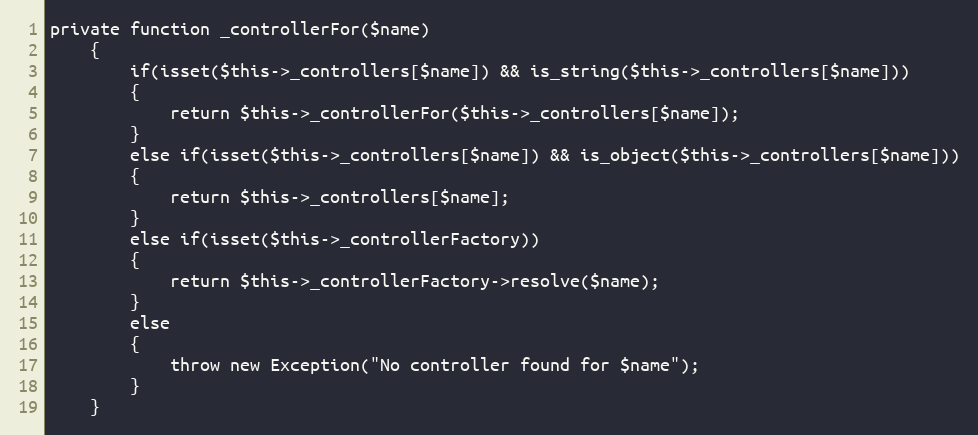
Language: PHP
private function _controllerFor($name)
	{
		if(isset($this->_controllers[$name]) && is_string($this->_controllers[$name]))
		{
			return $this->_controllerFor($this->_controllers[$name]);
		}
		else if(isset($this->_controllers[$name]) && is_object($this->_controllers[$name]))
		{
			return $this->_controllers[$name];
		}
		else if(isset($this->_controllerFactory))
		{
			return $this->_controllerFactory->resolve($name);
		}
		else
		{
			throw new Exception("No controller found for $name");
		}
	}